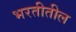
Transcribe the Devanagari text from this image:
भरतीतील